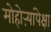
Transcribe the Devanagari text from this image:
मोहोऱ्यांपेक्षा